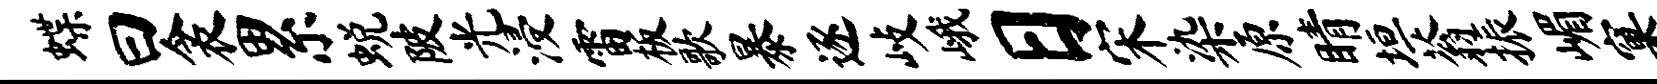
蝶曰衾累蜕陂光浸雷板歌暴逐歧峨日宋染原睛垣蓊振嵋窠